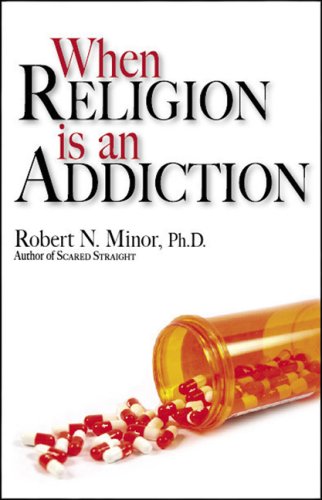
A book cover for When Religion Is an Addiction; Robert N. Minor; Christian Books & Bibles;